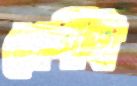
শ্রেণীই